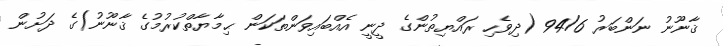
ޤާނޫނު ނަންބަރު 94/6 (ދިވެހި ރައްޔިތުންގެ ދީނީ އެއްބައިވަންތަކަން ޙިމާޔާތްކުރުމުގެ ޤާނޫނު)ގެ ދަށުން